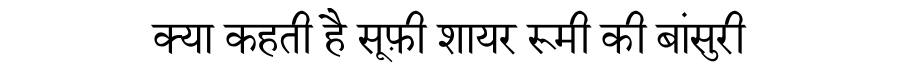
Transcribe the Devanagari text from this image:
क्या कहती है सूफ़ी शायर रूमी की बांसुरी